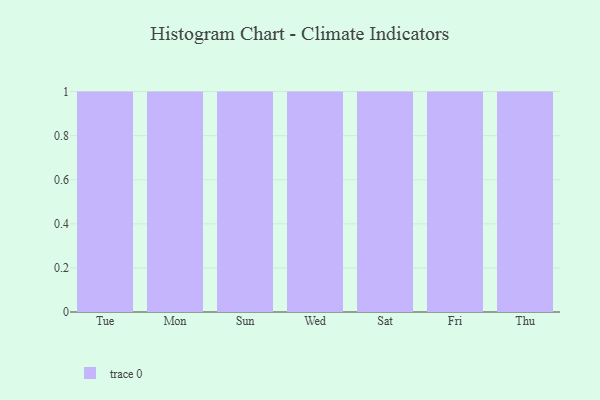
{"axis": {"x": "Day", "y": "Page Views"}, "legend": [""], "data": [{"x": "Tue", "y": 91, "type": ""}, {"x": "Mon", "y": 64, "type": ""}, {"x": "Sun", "y": 76, "type": ""}, {"x": "Wed", "y": 59, "type": ""}, {"x": "Sat", "y": 100, "type": ""}, {"x": "Fri", "y": 53, "type": ""}, {"x": "Thu", "y": 71, "type": ""}]}